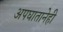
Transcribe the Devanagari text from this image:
अपघातानेही